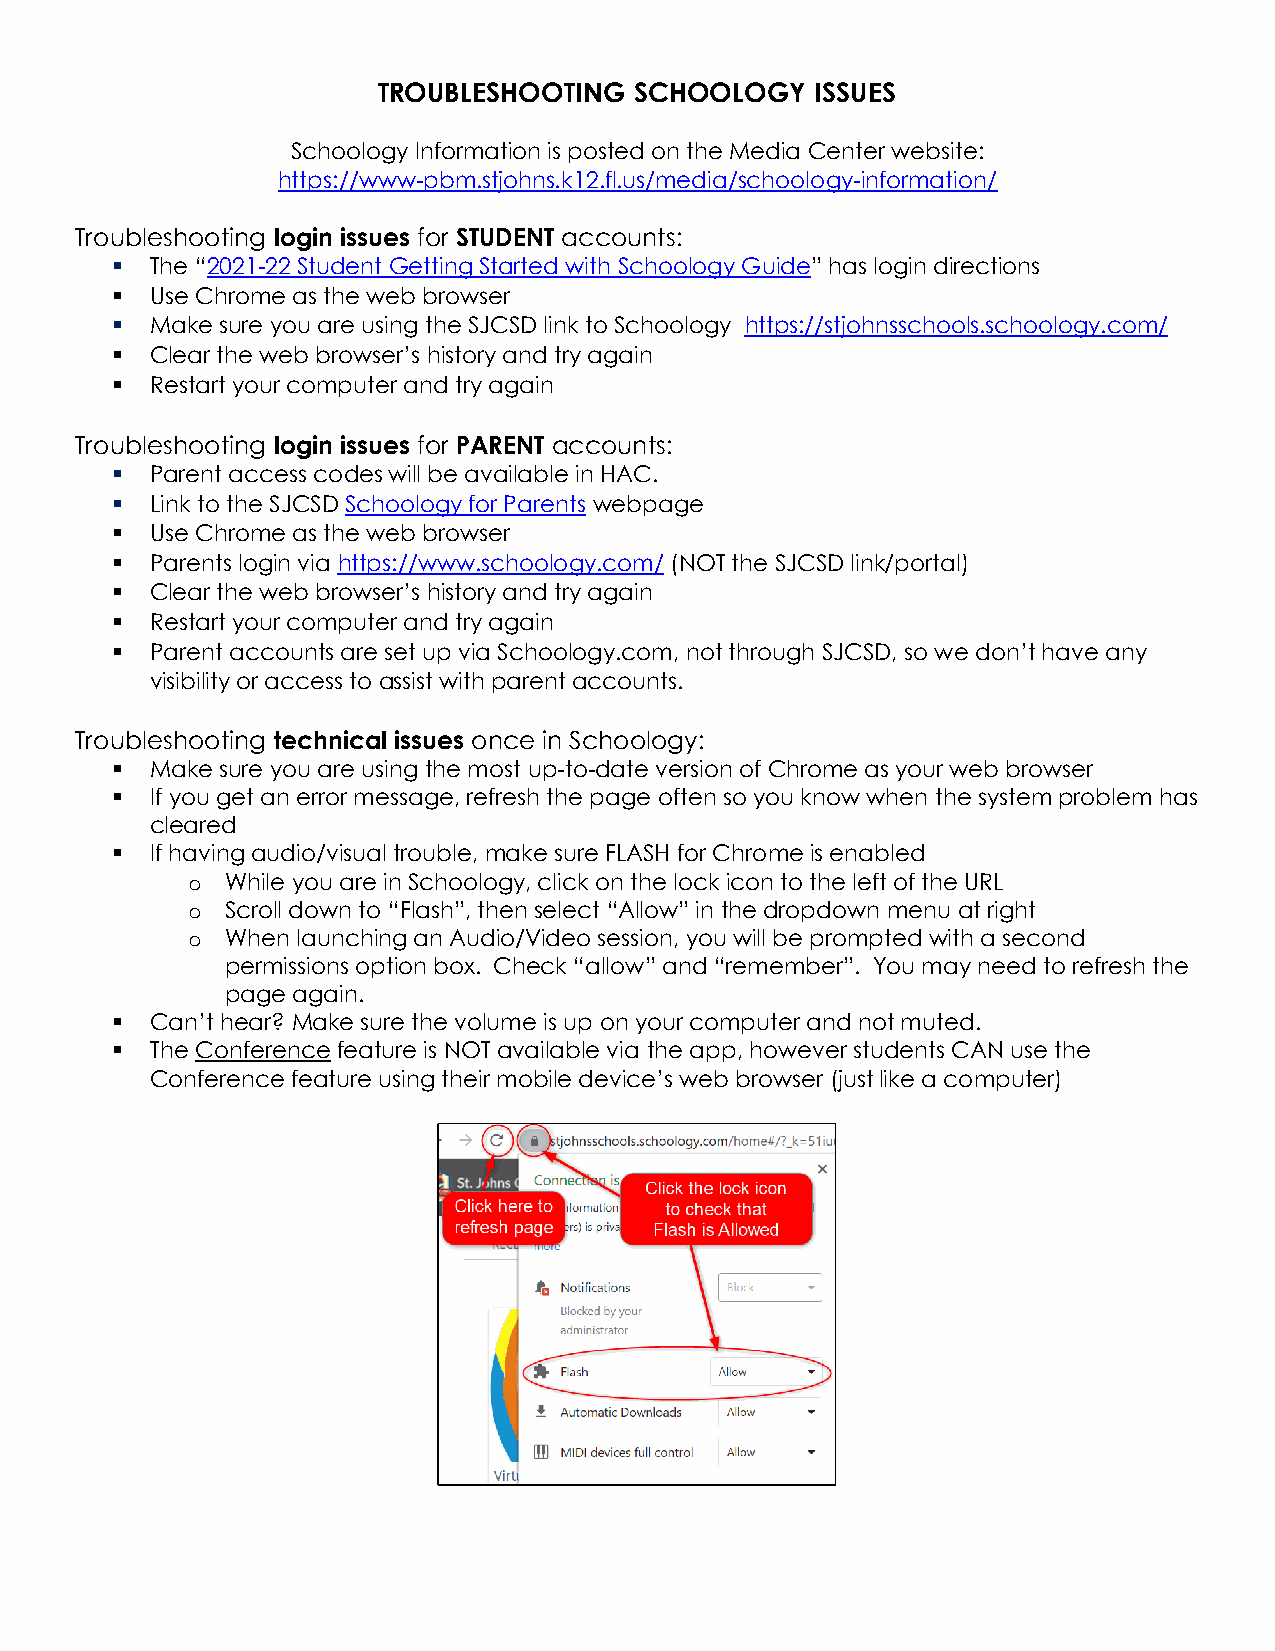
TROUBLESHOOTING  SCHOOLOGY   ISSUES
 Schoology Information is posted on the Media Center website:
 https://www-pbm.stjohns.k12.fl.us/media/schoology-information/
 Troubleshooting login issues for STUDENT accounts:
 ▪  The “2021-22 Student Getting Started with Schoology Guide” has login directions
 ▪  Use Chrome as the web browser
 ▪  Make sure you are using the SJCSD link to Schoology https://stjohnsschools.schoology.com/
 ▪  Clear the web browser’s history and try again
 ▪  Restart your computer and try again
 Troubleshooting login issues for PARENT accounts:
 ▪  Parent access codes will be available in HAC.
 ▪  Link to the SJCSD Schoology for Parents webpage
 ▪  Use Chrome as the web browser
 ▪  Parents login via https://www.schoology.com/ (NOT the SJCSD link/portal)
 ▪  Clear the web browser’s history and try again
 ▪  Restart your computer and try again
 ▪  Parent accounts are set up via Schoology.com, not through SJCSD, so we don’t have any
 visibility or access to assist with parent accounts.
 Troubleshooting technical issues once in Schoology:
 ▪  Make sure you are using the most up-to-date version of Chrome as your web browser
 ▪  If you get an error message, refresh the page often so you know when the system problem has
 cleared
 ▪  If having audio/visual trouble, make sure FLASH for Chrome is enabled
 o  While you are in Schoology, click on the lock icon to the left of the URL
 o  Scroll down to “Flash”, then select “Allow” in the dropdown menu at right
 o  When launching an Audio/Video session, you will be prompted with a second
 permissions option box. Check “allow” and “remember”. You may need to refresh the
 page again.
 ▪  Can’t hear? Make sure the volume is up on your computer and not muted.
 ▪  The Conference feature is NOT available via the app, however students CAN use the
 Conference feature using their mobile device’s web browser (just like a computer)